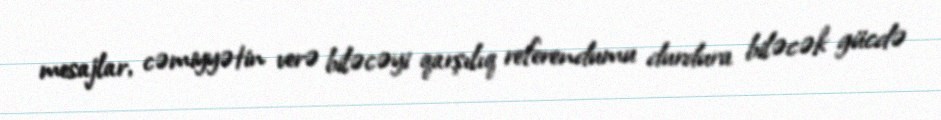
mesajlar, cəmiyyətin verə biləcəyi qarşılıq referendumu durdura biləcək gücdə